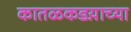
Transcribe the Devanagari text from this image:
कातळकडय़ाच्या